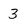
Character: 3